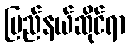
ပြည်နယ်ဆိုင်ရာ